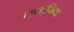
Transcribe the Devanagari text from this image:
तलानिया